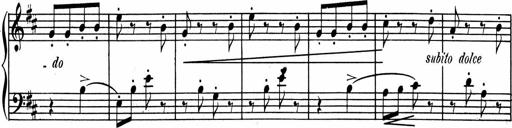
Title: 1Ã¨re Sonatine
Composer: FrÃ©dÃ©ric Binet